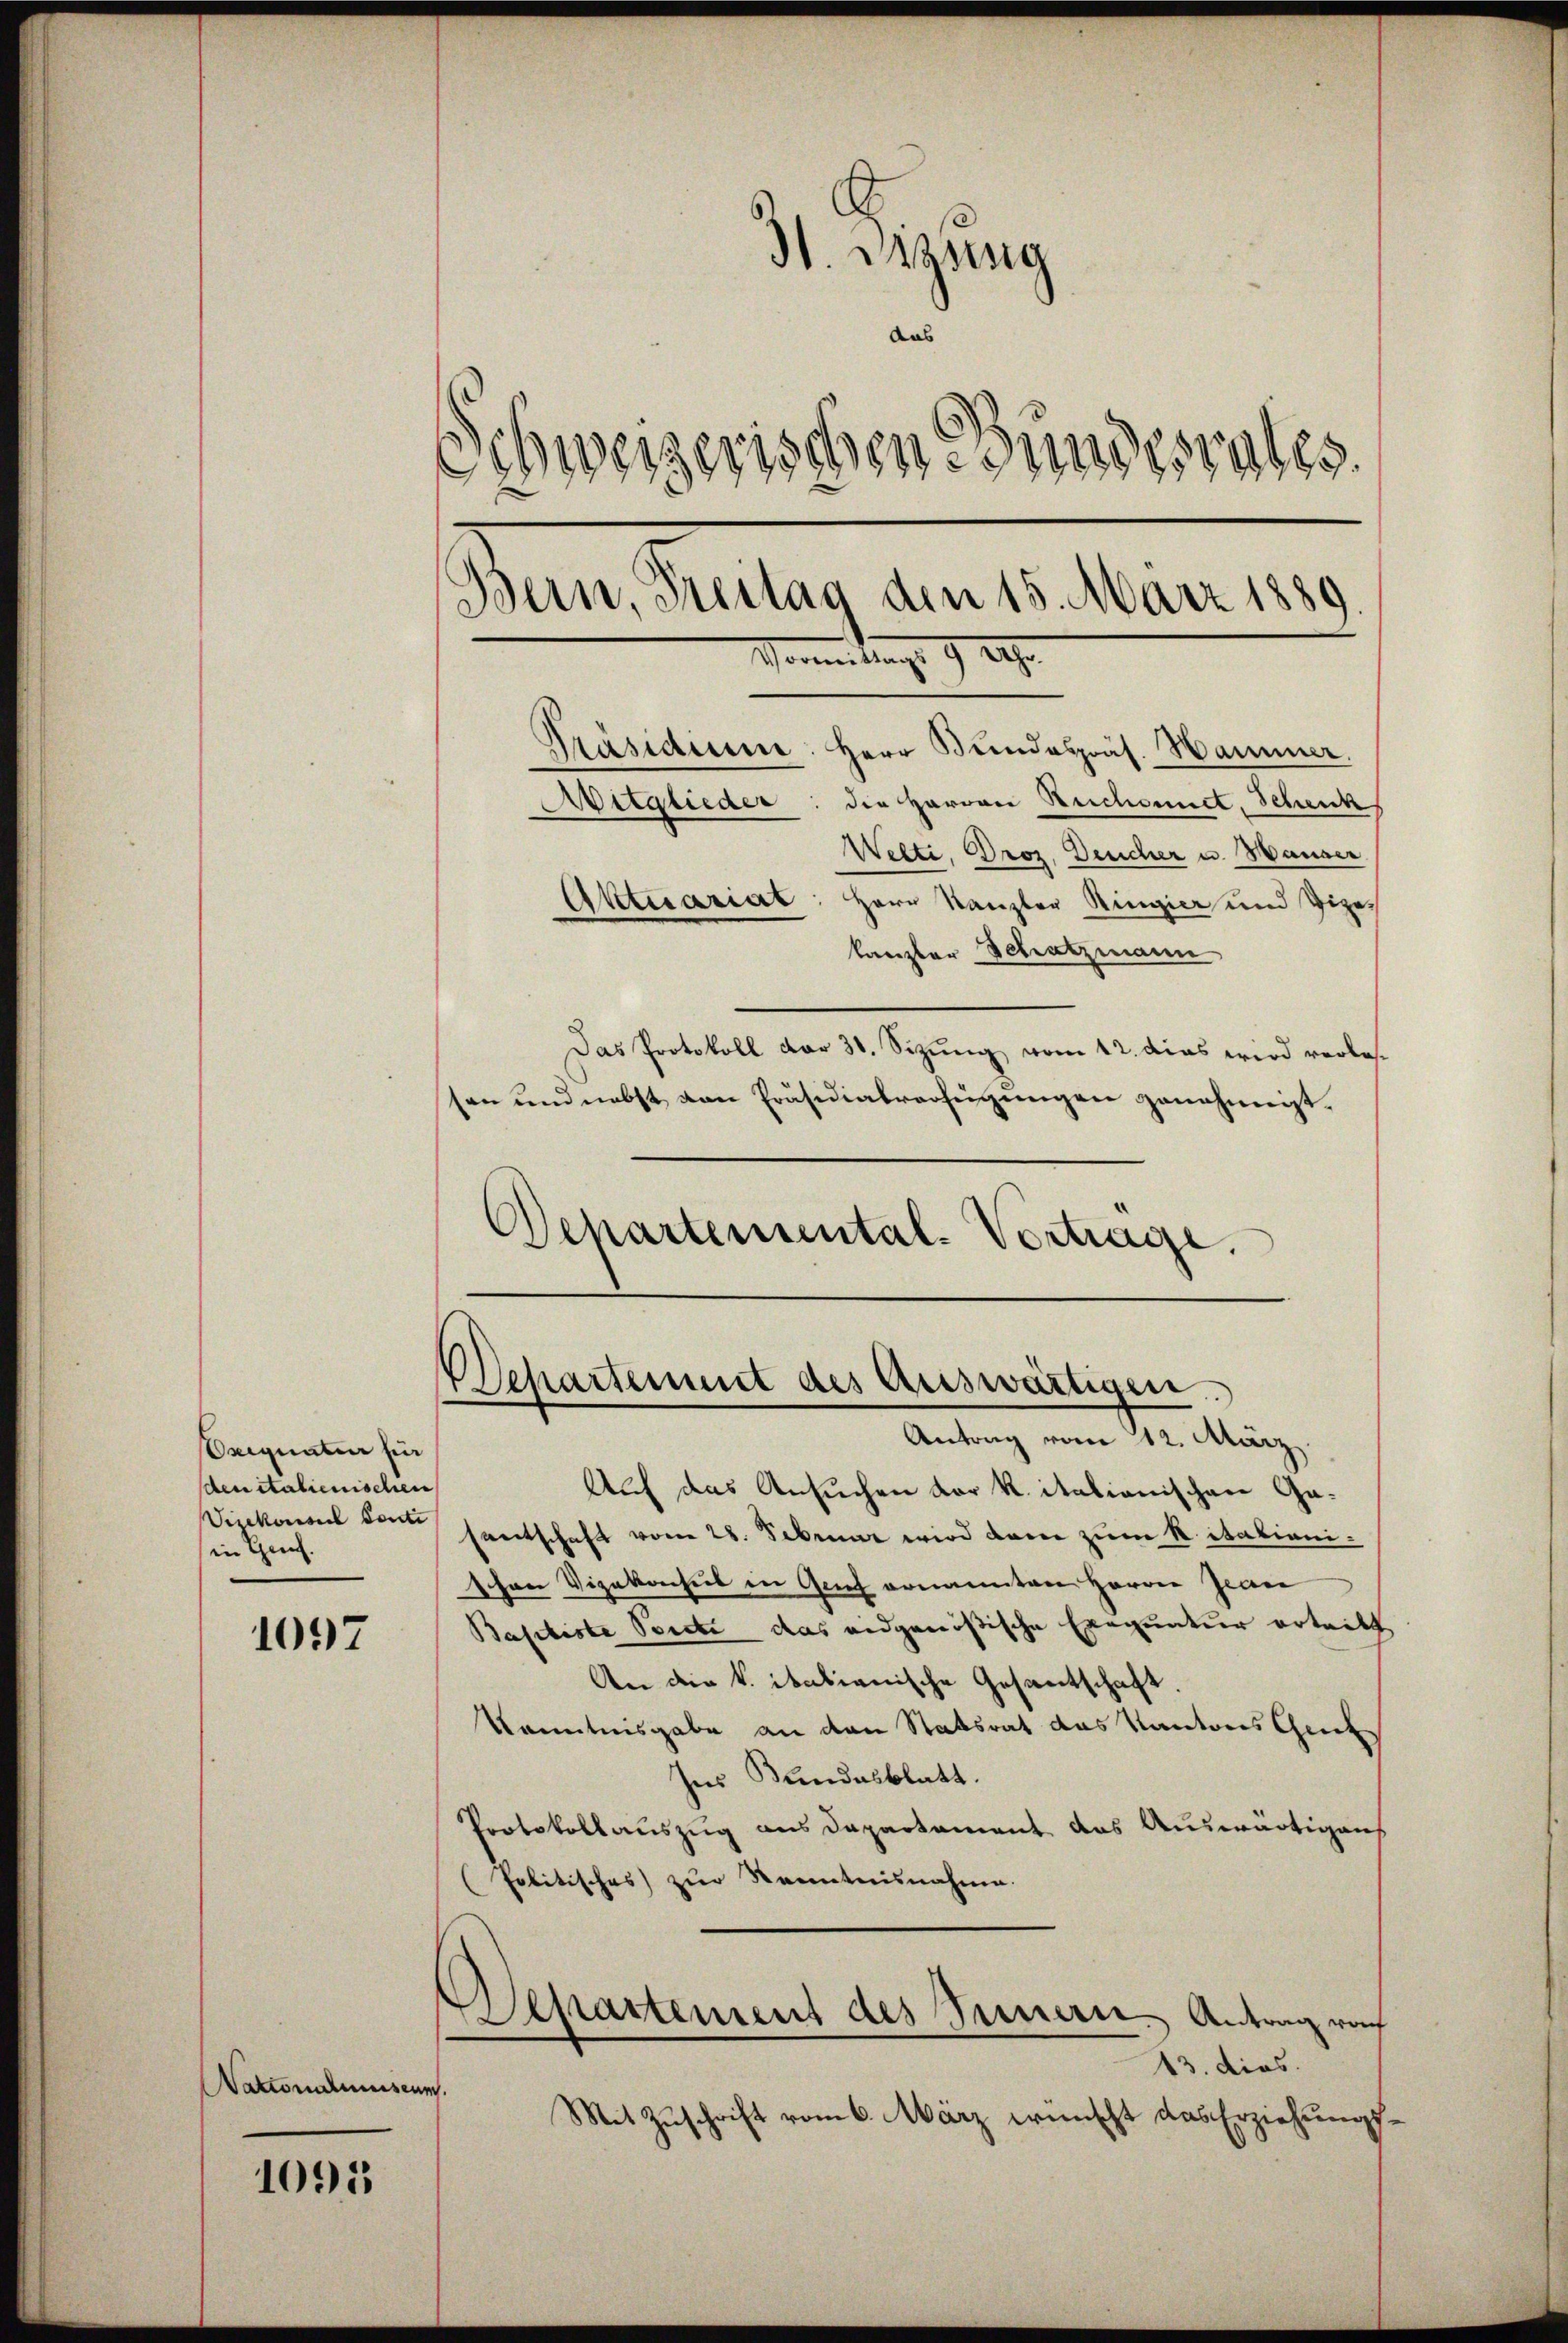
Oniquatur für
den italienischen
Vizekonsul Sondi
in Genf.

1097

Nattonalmuseum.

1095

31 digung
das
Schweizerischen Bundesrates.
Bern, Freitag den 15. März 1889.
Mommen tag. 9. 29.
Präsidium: Herr Bŭndespräs. Hammer.
Aitglieder: die Hervon Ruchonnet, Schenk
Welti, Droz, Deucher u. Hauser
Aktuariat: Herr Kanzler Ringier und Vize-

kanzler Schatzmann
Das Protokoll dar 31. Sizung vom 12. dies wird verlassen und nebst von Präsidialverfügungen genehmigt.
Departemental-Vortrage.

Auf das Ansuchen der K. italianischen Gasentschaft vom 28. Februar wird dann zum R. italienishen Vizekonsul in Auch ernannten Herrn Jean
Basiliste Boecke das eidgenößische Exequatur ertritt
An die k. italienische Gesantschaft.
Kenntnisgabe an den Statsrat das Kantons Gierk
Ins Bundesblatt.
Protokollauszug aus Departement das Auswärtigens
(Politisches zŭr Kenntnisnahme.
Separtement des Innern. Antrag von
13. dies
Mit Zuschrift vom 6. März wünscht das Erziehungs¬

Departement des Auswärtigen.
Antrag vom 12. März.